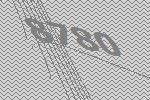
8780